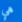
هي